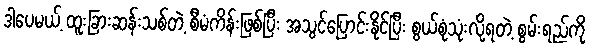
ဒါပေမယ့် ထူးခြားဆန်းသစ်တဲ့ စီမံကိန်းဖြစ်ပြီး အသွင်ပြောင်းနိုင်ပြီး စွယ်စုံသုံးလို့ရတဲ့ စွမ်းရည်ကို